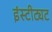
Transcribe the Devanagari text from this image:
इंस्टीट्यट